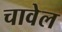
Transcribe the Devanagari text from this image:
चावेल